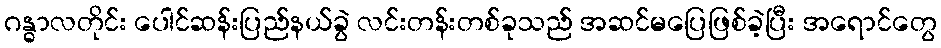
ဂန္ဓာလတိုင်း ပေါင်ဆန်းပြည်နယ်ခွဲ လင်းတန်းတစ်ခုသည် အဆင်မပြေဖြစ်ခဲ့ပြီး အရောင်တွေ